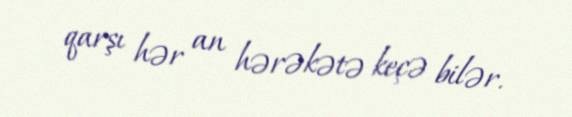
qarşı hər an hərəkətə keçə bilər.